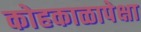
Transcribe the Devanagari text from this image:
कोहकाळापेक्षा